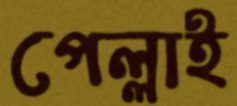
পেল্লাই